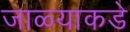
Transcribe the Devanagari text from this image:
जाळ्याकडे